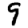
Digit: 9